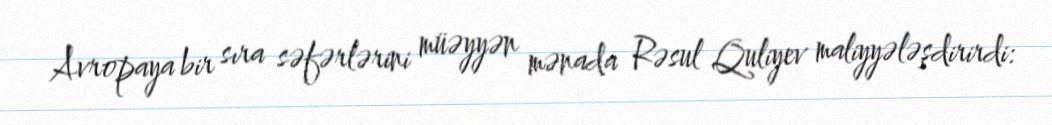
Avropaya bir sıra səfərlərini müəyyən mənada Rəsul Quliyev maliyyələşdirirdi: